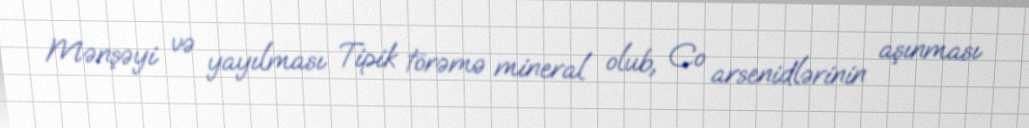
Mənşəyi və yayılması Tipik törəmə mineral olub, Co arsenidlərinin aşınması